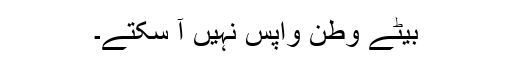
بیٹے وطن واپس نہیں آ سکتے۔